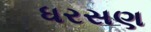
ધરસણ